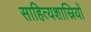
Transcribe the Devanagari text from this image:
साहित्यशास्रियों